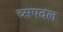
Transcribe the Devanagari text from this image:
च्सपदल